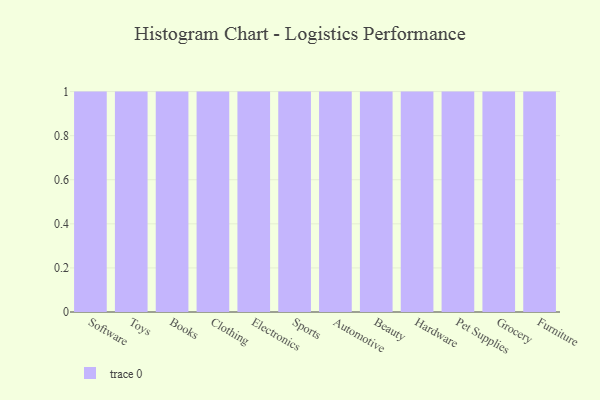
{"axis": {"x": "Category", "y": "Shipments"}, "legend": [""], "data": [{"x": "Software", "y": 64, "type": ""}, {"x": "Toys", "y": 18, "type": ""}, {"x": "Books", "y": 73, "type": ""}, {"x": "Clothing", "y": 52, "type": ""}, {"x": "Electronics", "y": 70, "type": ""}, {"x": "Sports", "y": 61, "type": ""}, {"x": "Automotive", "y": 91, "type": ""}, {"x": "Beauty", "y": 86, "type": ""}, {"x": "Hardware", "y": 6, "type": ""}, {"x": "Pet Supplies", "y": 55, "type": ""}, {"x": "Grocery", "y": 73, "type": ""}, {"x": "Furniture", "y": 6, "type": ""}]}